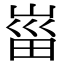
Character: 𡸟